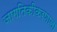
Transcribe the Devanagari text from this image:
जागतिकीकरणाला